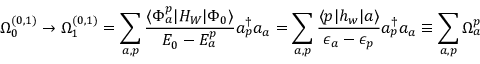
\Omega _ { 0 } ^ { ( 0 , 1 ) } \rightarrow \Omega _ { 1 } ^ { ( 0 , 1 ) } = \sum _ { a , p } \frac { \langle \Phi _ { a } ^ { p } | H _ { W } | \Phi _ { 0 } \rangle } { { \cal E } _ { 0 } - { \cal E } _ { a } ^ { p } } a _ { p } ^ { \dagger } a _ { a } = \sum _ { a , p } \frac { \langle p | h _ { w } | a \rangle } { \epsilon _ { a } - \epsilon _ { p } } a _ { p } ^ { \dagger } a _ { a } \equiv \sum _ { a , p } \Omega _ { a } ^ { p }